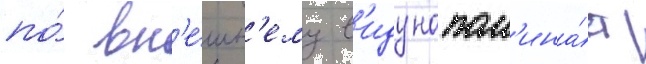
по́ вн'е́шн'ему в'иду напом'ина́ет